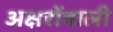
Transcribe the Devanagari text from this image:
अक्षरोंवाली